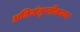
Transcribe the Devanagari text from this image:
अतिसंतृप्तीकरण